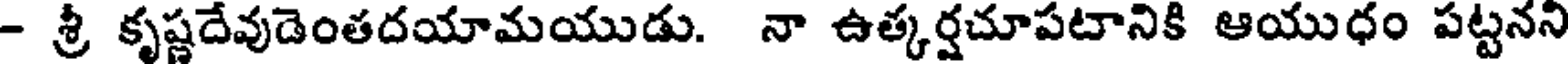
- శ్రీ కృష్ణదేవుడెంతదయామయుడు. నా ఉత్కర్షచూపటానికి ఆయుధం పట్టనని